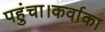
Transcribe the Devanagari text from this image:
पहुंचा।कर्वाका